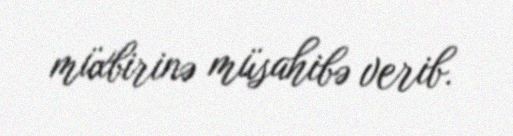
müxbirinə müsahibə verib.